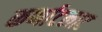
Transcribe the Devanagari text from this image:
कर्णाटलाट